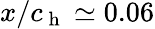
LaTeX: x/c_{\mathrm{~h~}}\simeq 0.06